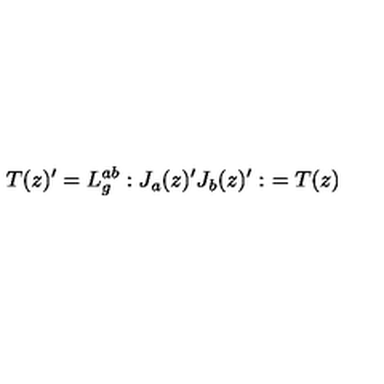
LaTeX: T ( z ) ^ { \prime } = L _ { g } ^ { a b } : J _ { a } ( z ) ^ { \prime } J _ { b } ( z ) ^ { \prime } : \ = T ( z )